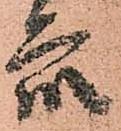
衆